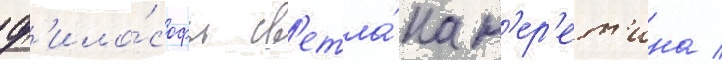
ф'ило́софы св'етла́на н'ер'ет'ина /